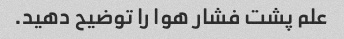
علم پشت فشار هوا را توضیح دهید.